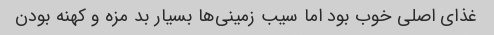
غذای اصلی خوب بود اما سیب زمینی‌ها بسیار بد مزه و کهنه بودن